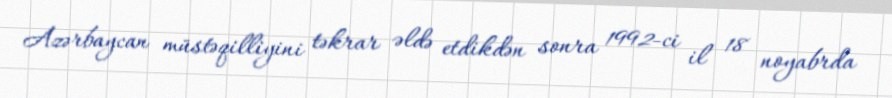
Azərbaycan müstəqilliyini təkrar əldə etdikdən sonra 1992-ci il 18 noyabrda